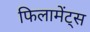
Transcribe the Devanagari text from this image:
फिलामेंट्स